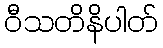
ဝီသတိနိပါတ်